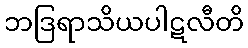
ဘဒြရာသိယပါဋလီတိ